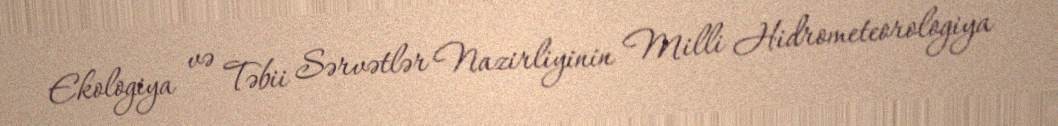
Ekologiya və Təbii Sərvətlər Nazirliyinin Milli Hidrometeorologiya